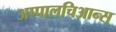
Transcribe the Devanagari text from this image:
अप्पालचिआन्स